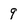
Character: 9